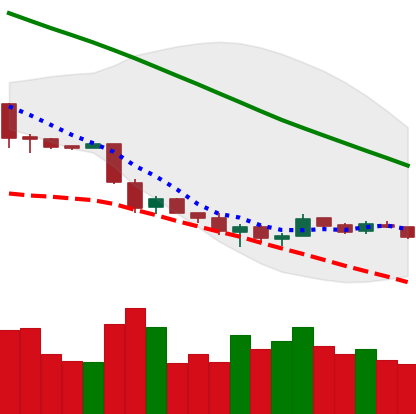
Ticker: ETH-USD
Chart end date: 2018-12-03
Forward return: -15.392%
Label: down_7plus